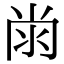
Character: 𭁭